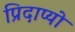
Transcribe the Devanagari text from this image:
प्रिदाप्यो